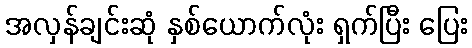
အလှန်ချင်းဆုံ နှစ်ယောက်လုံး ရှက်ပြီး ပြေး